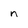
Character: n